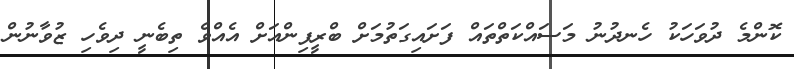
ކޮންމެ ދުވަހަކު ހެނދުނު މަސައްކަތްތައް ފަށައިގަތުމަށް ބްރީފިންއަށް އެއްވެ ތިބެނީ ދިވެހި ޒުވާނުން